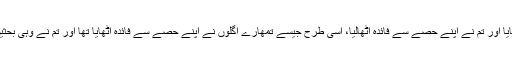
سو اُنھوں نے اپنے حصے سے فائدہ اٹھایا اور تم نے اپنے حصے سے فائدہ اٹھالیا، اُسی طرح جیسے تمھارے اگلوں نے اپنے حصے سے فائدہ اٹھایا تھا اور تم نے وہی بحثیں کیں، جیسی اُنھوں نے بحثیں کی تھیں۔